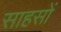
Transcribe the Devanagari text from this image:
साहसों